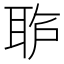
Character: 𱻺